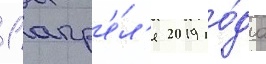
1 апр'е́л'я 2019 го́да